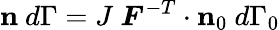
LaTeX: \mathbf{n}~d\Gamma=J~{\boldsymbol{F}}^{-T}\cdot\mathbf{n}_{0}~d\Gamma_{0}